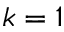
k = 1